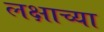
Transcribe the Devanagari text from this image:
लक्षाच्या